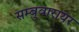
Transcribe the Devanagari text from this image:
सम्बुवारायर